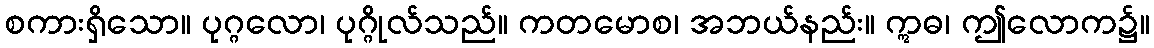
စကားရှိသော။ ပုဂ္ဂလော၊ ပုဂ္ဂိုလ်သည်။ ကတမောစ၊ အဘယ်နည်း။ ဣဓ၊ ဤလောက၌။